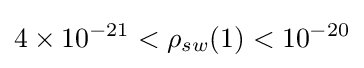
4\times 10^{-21}<\rho _{sw}(1)<10^{-20}